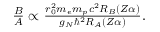
\begin{array} { r } { \frac { B } { A } \propto \frac { r _ { 0 } ^ { 2 } m _ { e } m _ { p } c ^ { 2 } R _ { B } ( Z \alpha ) } { g _ { N } \hbar ^ { 2 } R _ { A } ( Z \alpha ) } . } \end{array}